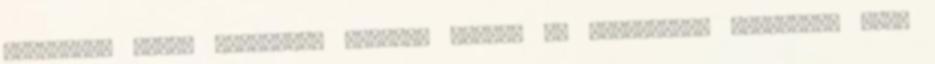
vonatkozó külön törvények keretei között az adatkezelő határozza meg.